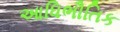
આધિભૌતિક